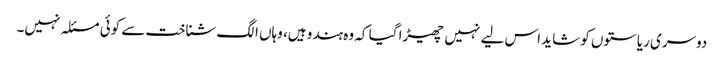
دوسری ریاستوں کو شاید اس لیے نہیں چھیڑا گیا کہ وہ ہندو ہیں، وہاں الگ شناخت سے کوئی مسئلہ نہیں۔